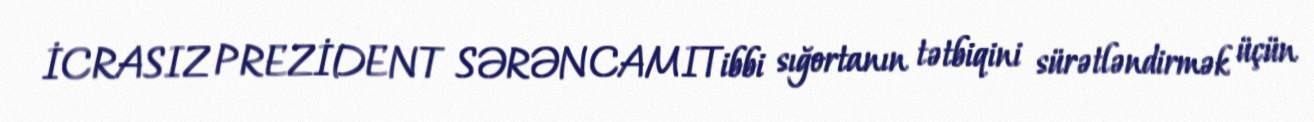
İCRASIZ PREZİDENT SƏRƏNCAMITibbi sığortanın tətbiqini sürətləndirmək üçün